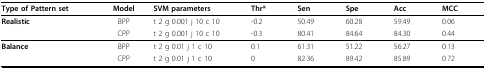
<table><thead><tr><td><b>Type of Pattern set</b></td><td><b>Model</b></td><td><b>SVM parameters</b></td><td><b>Thr*</b></td><td><b>Sen</b></td><td><b>Spe</b></td><td><b>Acc</b></td><td><b>MCC</b></td></tr></thead><tbody><tr><td><b>Realistic</b></td><td>BPP</td><td>t 2 g 0.001 j 10 c 10</td><td>-0.2</td><td>50.49</td><td>60.28</td><td>59.49</td><td>0.06</td></tr><tr><td></td><td>CPP</td><td>t 2 g 0.001 j 10 c 10</td><td>-0.3</td><td>80.41</td><td>84.64</td><td>84.30</td><td>0.44</td></tr><tr><td><b>Balance</b></td><td>BPP</td><td>t 2 g 0.01 j 1 c 10</td><td>0.1</td><td>61.31</td><td>51.22</td><td>56.27</td><td>0.13</td></tr><tr><td></td><td>CPP</td><td>t 2 g 0.01 j 1 c 10</td><td>0</td><td>82.36</td><td>89.42</td><td>85.89</td><td>0.72</td></tr></tbody></table>